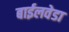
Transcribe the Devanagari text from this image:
बाईलवेडा